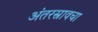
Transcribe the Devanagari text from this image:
अंतरस्रावचा